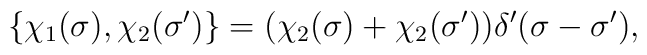
\{\chi_1(\sigma ),\chi _2(\sigma ')\}=(\chi_2(\sigma )+\chi _2(\sigma '))\delta '(\sigma-\sigma'),